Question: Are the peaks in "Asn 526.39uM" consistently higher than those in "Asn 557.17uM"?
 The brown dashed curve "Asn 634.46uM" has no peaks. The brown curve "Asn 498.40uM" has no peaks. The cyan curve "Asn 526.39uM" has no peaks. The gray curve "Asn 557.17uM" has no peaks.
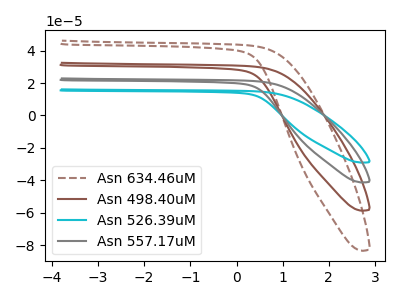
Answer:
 <answer>Niether CV has any peaks.</answer>
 <eval>blanks</eval>